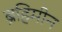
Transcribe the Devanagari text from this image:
ब्रहिमीन